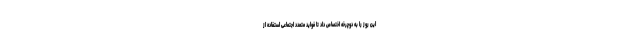
این روز را به دوچرخه اختصاص داد تا فواید متعدد اجتماعی استفاده از